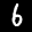
Label: 6